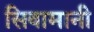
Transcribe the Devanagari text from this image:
सिवामानी